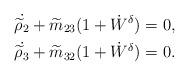
LaTeX: \begin{align*}&\dot {\widetilde \rho_2}+\widetilde m_{23}(1+\dot W^{\delta})=0,\\&\dot {\widetilde \rho_3}+\widetilde m_{32}(1+\dot W^{\delta})=0.\end{align*}